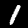
Label: 1